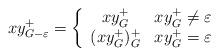
LaTeX: \begin{align*}xy^+_{G-\varepsilon}= \left\{\begin{array}{cl} xy_G^+ & xy_G^+\neq \varepsilon \\(xy_G^+)_G^+ & xy_G^+=\varepsilon\end{array} \right.\end{align*}